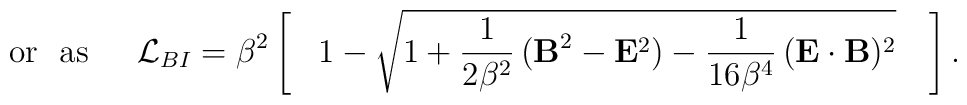
\, \ \ {\rm or \ \ as} \ \ \, \ \ {\cal{L}}_{BI} = \beta^2 \,\Biggl[ \, \ \ 1 - \sqrt{ 1 + \frac{1}{2 \beta^2} \, ({\bf B}^2 - {\bf E}^2 ) -\frac{1}{16 \beta^4} \, ( {\bf E} \cdot {\bf B} )^2 } \, \ \ \,\Biggr] \, .